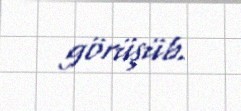
görüşüb.